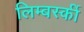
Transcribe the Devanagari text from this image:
लिम्बर्स्की